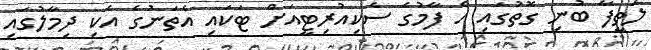
ލަތީފާ ބުނި ގޮތުގައި އެ ފާމުގެ ސެކިއުރިޓީއަށް ޓަކައި އެތަނުގެ އެކި ދިމާލުގައި